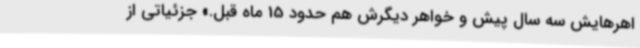
اهرهایش سه‌ سال پیش و خواهر دیگرش هم حدود 15 ماه قبل.» جزئیاتی از